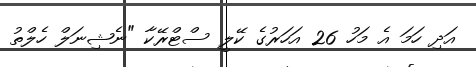
އަދި ހަމަ އެ މަހު 26 އަހަރުގެ ކޭލީ ސްޓްރޭކާ "ނެޝިނަލް ހެލްތު